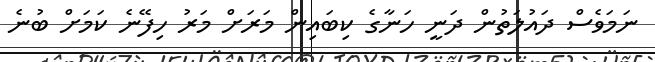
ނަމަވެސް ދައުލަތުން ދަނީ ހަނާގެ ކިބައިން މަރަށް މަރު ހިފޭނެ ކަމަށް ބުނެ